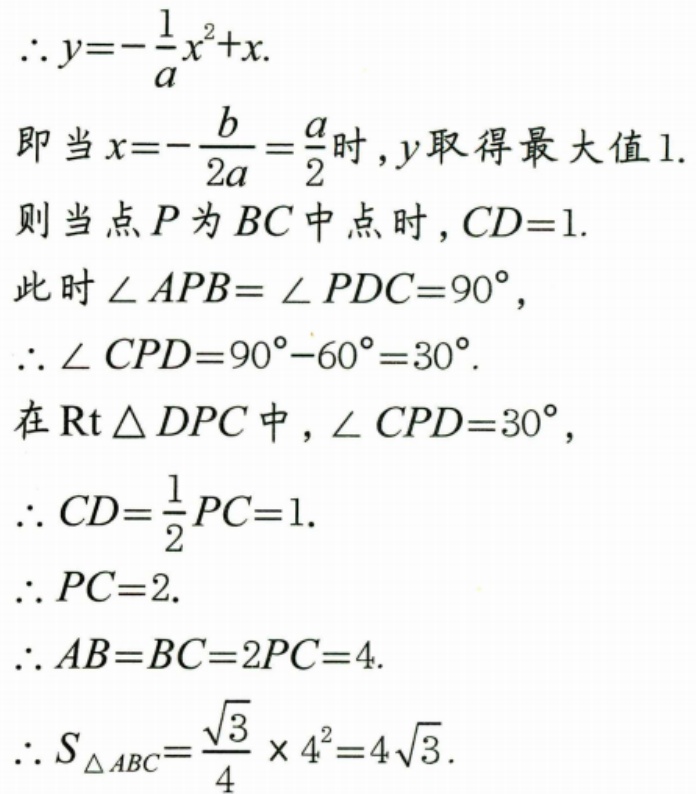
\(\therefore y = -\dfrac{1}{a}x^{2}+x.\)
即当\(x = -\dfrac{b}{2a}=\dfrac{a}{2}\)时，\(y\)取得最大值\(1\).
则当点\(P\)为\(BC\)中点时，\(CD = 1\).
此时\(\angle APB=\angle PDC = 90^{\circ}\)，
\(\therefore\angle CPD = 90^{\circ}-60^{\circ}=30^{\circ}\).
在\(\text{Rt}\triangle DPC\)中，\(\angle CPD = 30^{\circ}\)，
\(\therefore CD=\dfrac{1}{2}PC = 1\).
\(\therefore PC = 2\).
\(\therefore AB = BC = 2PC = 4\).
\(\therefore S_{\triangle ABC}=\dfrac{\sqrt{3}}{4}\times4^{2}=4\sqrt{3}\).